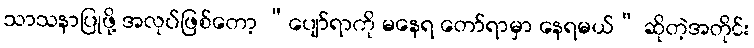
သာသနာပြုဖို့ အလုပ်ဖြစ်တော့ “ပျော်ရာကို မနေရ တော်ရာမှာ နေရမယ်” ဆိုတဲ့အတိုင်း